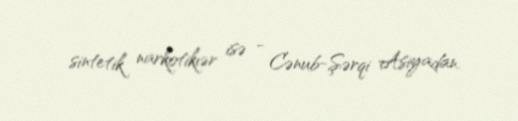
sintetik narkotikıər isə - Cənub-Şərqi Asiyadan.